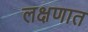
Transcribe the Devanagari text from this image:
लक्षणात